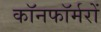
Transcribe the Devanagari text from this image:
कॉनफॉर्मरों